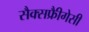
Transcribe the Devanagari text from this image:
सैक्सफ्रीैगेसी